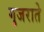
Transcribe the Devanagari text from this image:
गुजराते